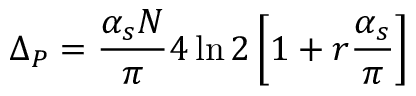
\Delta _ { P } = \frac { \alpha _ { s } N } { \pi } 4 \ln 2 \left[ 1 + r \frac { \alpha _ { s } } { \pi } \right]